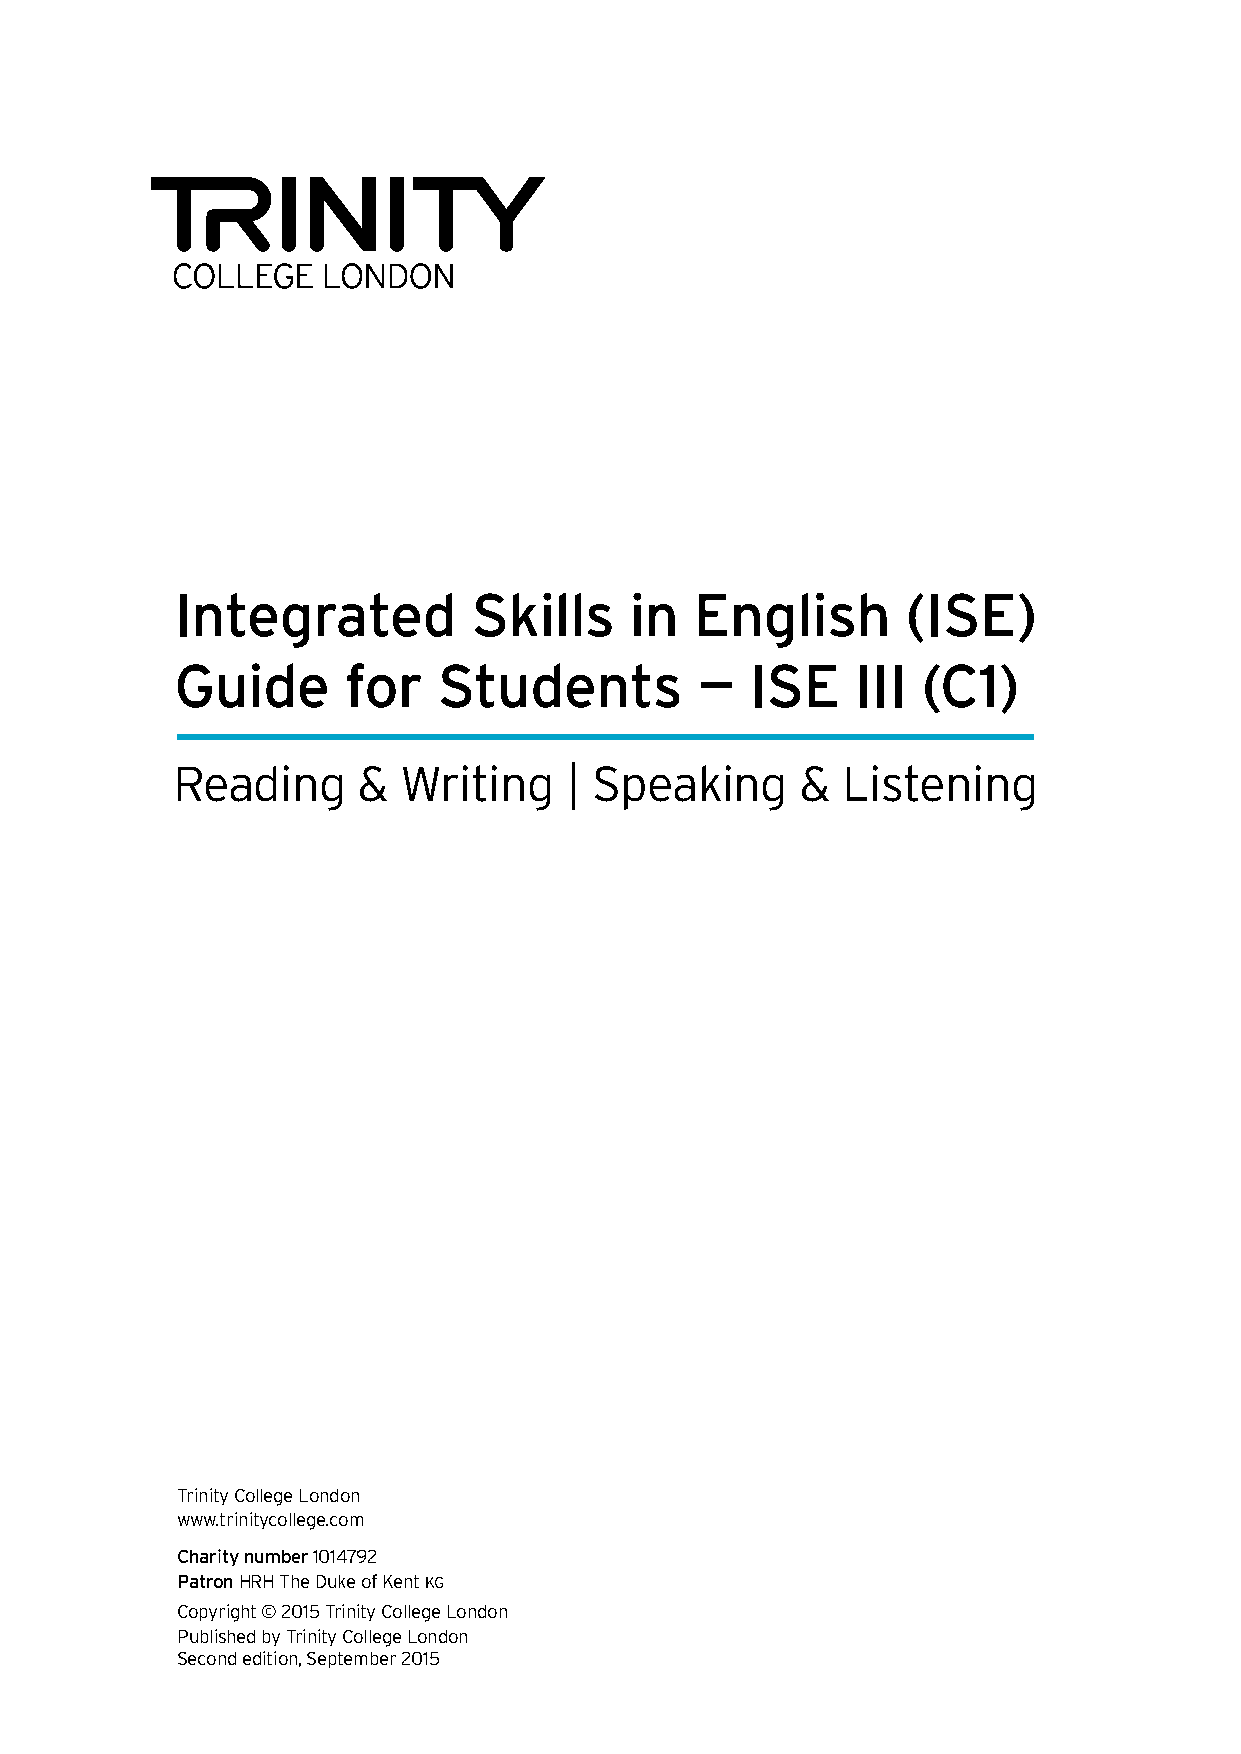
Integrated         Skills     in  English       (ISE)
 Guide      for   Students         —   ISE    III (C1)
 Reading      &  Writing   | Speaking      &  Listening
 Trinity College London
 www.trinitycollege.com
 Charity number 1014792
 Patron HRH The Duke of Kent KG
 Copyright © 2015 Trinity College London
 Published by Trinity College London
 Second edition, September 2015